Report of the Bombay Veterinary College
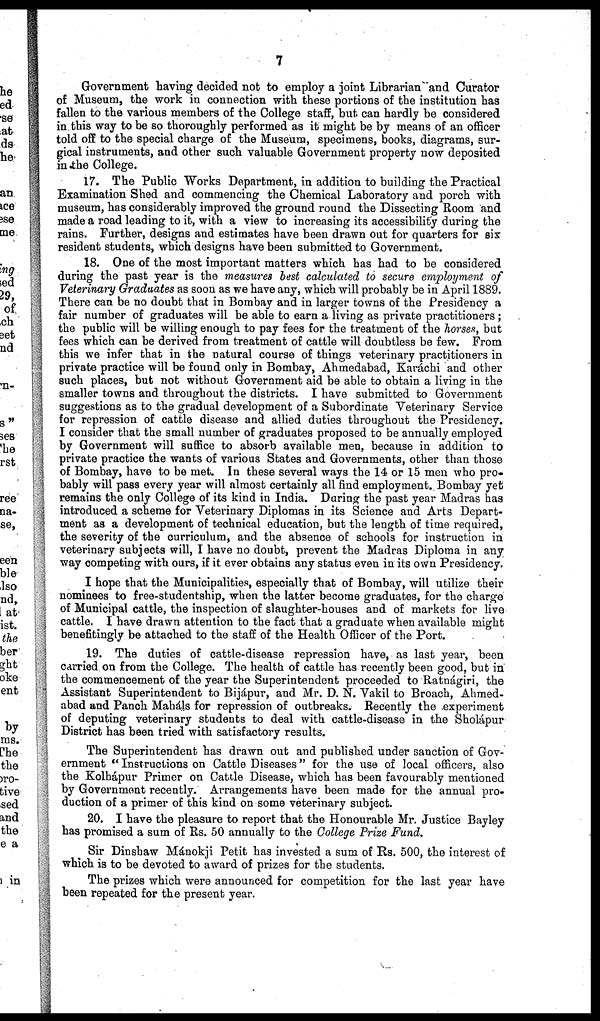
7
Government having decided not to employ a joint Librarian and Curator
of Museum, the work in connection with these portions of the institution has
fallen to the various members of the College staff, but can hardly be considered
in this way to be so thoroughly performed as it might be by means of an officer
told off to the special charge of the Museum, specimens, books, diagrams, sur-
gical instruments, and other such valuable Government property now deposited
in the College.
17. The Public Works Department, in addition to building the Practical
Examination Shed and commencing the Chemical Laboratory and porch with
museum, has considerably improved the ground round the Dissecting Room and
made a road leading to it, with a view to increasing its accessibility during the
rains. Further, designs and estimates have been drawn out for quarters for six
resident students, which designs have been submitted to Government.
18. One of the most important matters which has had to be considered
during the past year is the measures best calculated to secure employment of
Veterinary Graduates as soon as we have any, which will probably be in April 1889.
There can be no doubt that in Bombay and in larger towns of the Presidency a
fair number of graduates will be able to earn a living as private practitioners;
the public will be willing enough to pay fees for the treatment of the horses, but
fees which can be derived from treatment of cattle will doubtless be few. From
this we infer that in the natural course of things veterinary practitioners in
private practice will be found only in Bombay, Ahmedabad, Karáchi and other
such places, but not without Government aid be able to obtain a living in the
smaller towns and throughout the districts. I have submitted to Government
suggestions as to the gradual development of a Subordinate Veterinary Service
for repression of cattle disease and allied duties throughout the Presidency.
I consider that the small number of graduates proposed to be annually employed
by Government will suffice to absorb available men, because in addition to
private practice the wants of various States and Governments, other than those
of Bombay, have to be met. In these several ways the 14 or 15 men who pro-
bably will pass every year will almost certainly all find employment. Bombay yet
remains the only College of its kind in India. During the past year Madras has
introduced a scheme for Veterinary Diplomas in its Science and Arts Depart-
ment as a development of technical education, but the length of time required,
the severity of the curriculum, and the absence of schools for instruction in
veterinary subjects will, I have no doubt, prevent the Madras Diploma in any
way competing with ours, if it ever obtains any status even in its own Presidency.
I hope that the Municipalities, especially that of Bombay, will utilize their
nominees to free-studentship, when the latter become graduates, for the charge
of Municipal cattle, the inspection of slaughter-houses and of markets for live
cattle. I have drawn attention to the fact that a graduate when available might
benefitingly be attached to the staff of the Health Officer of the Port.
19. The duties of cattle-disease repression have, as last year, been
carried on from the College. The health of cattle has recently been good, but in
the commencement of the year the Superintendent proceeded to Ratnágiri, the
Assistant Superintendent to Bijápur, and Mr. D. N. Vakil to Broach, Ahmed-
abad and Panch Maháls for repression of outbreaks. Recently the experiment
of deputing veterinary students to deal with cattle-disease in the Sholápur
District has been tried with satisfactory results.
The Superintendent has drawn out and published under sanction of Gov-
ernment " Instructions on Cattle Diseases" for the use of local officers, also
the Kolhápur Primer on Cattle Disease, which has been favourably mentioned
by Government recently. Arrangements have been made for the annual pro-
duction of a primer of this kind on some veterinary subject.
20. I have the pleasure to report that the Honourable Mr. Justice Bayley
has promised a sum of Rs. 50 annually to the College Prize Fund.
Sir Dinshaw Mánokji Petit has invested a sum of Rs. 500, the interest of
which is to be devoted to award of prizes for the students.
The prizes which were announced for competition for the last year have
been repeated for the present year.